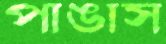
পাঙাস